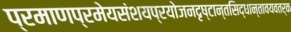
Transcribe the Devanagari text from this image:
प्रमाणप्रमेयसंशयप्रयोजनदृष्टान्तसिद्धान्तावयवतर्क